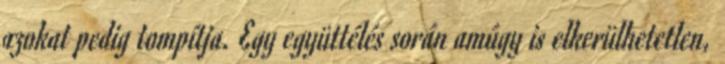
azokat pedig tompítja. Egy együttélés során amúgy is elkerülhetetlen,